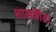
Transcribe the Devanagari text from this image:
शासकीया